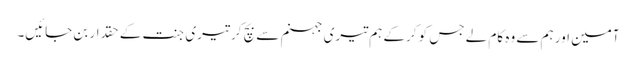
آمین اور ہم سے وہ کام لے جس کو کرکے ہم تیری جہنم سے بچ کر تیری جنت کے حقدار بن جائیں۔